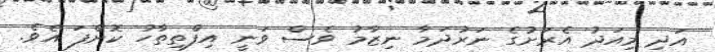
އަދި މިއަދު އެރަށުގެ ނަރުދަމާ ނިޒާމު ވެސް ވަނީ އިފްތިތާހު ކޮށްފަ އެވެ.